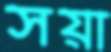
সয়া